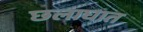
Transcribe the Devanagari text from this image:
छलाघात